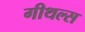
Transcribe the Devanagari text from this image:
गीथल्स